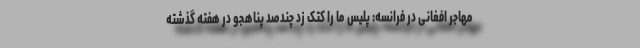
مهاجر افغانی در فرانسه: پلیس ما را کتک زد چندصد پناهجو در هفته گذشته